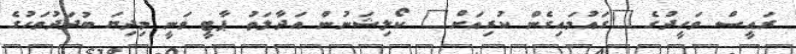
ރައީސް ވަހީދުގެ "ގައުމައިގެން ކުރިއަށް" ކޯލިޝަނުން އަދާލަތު ޕާޓީ ވަނީ މިދިޔަ ބުދަދުވަހުގެ